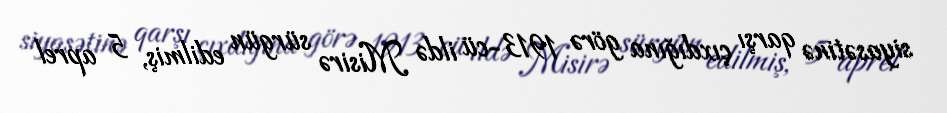
siyasətinə qarşı çıxdığına görə 1913-cü ildə Misirə sürgün edilmiş, 5 aprel